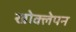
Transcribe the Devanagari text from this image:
खोक्लेपन